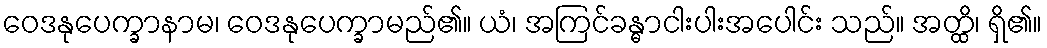
ဝေဒနုပေက္ခာနာမ၊ ဝေဒနုပေက္ခာမည်၏။ ယံ၊ အကြင်ခန္ဓာငါးပါးအပေါင်း သည်။ အတ္ထိ၊ ရှိ၏။